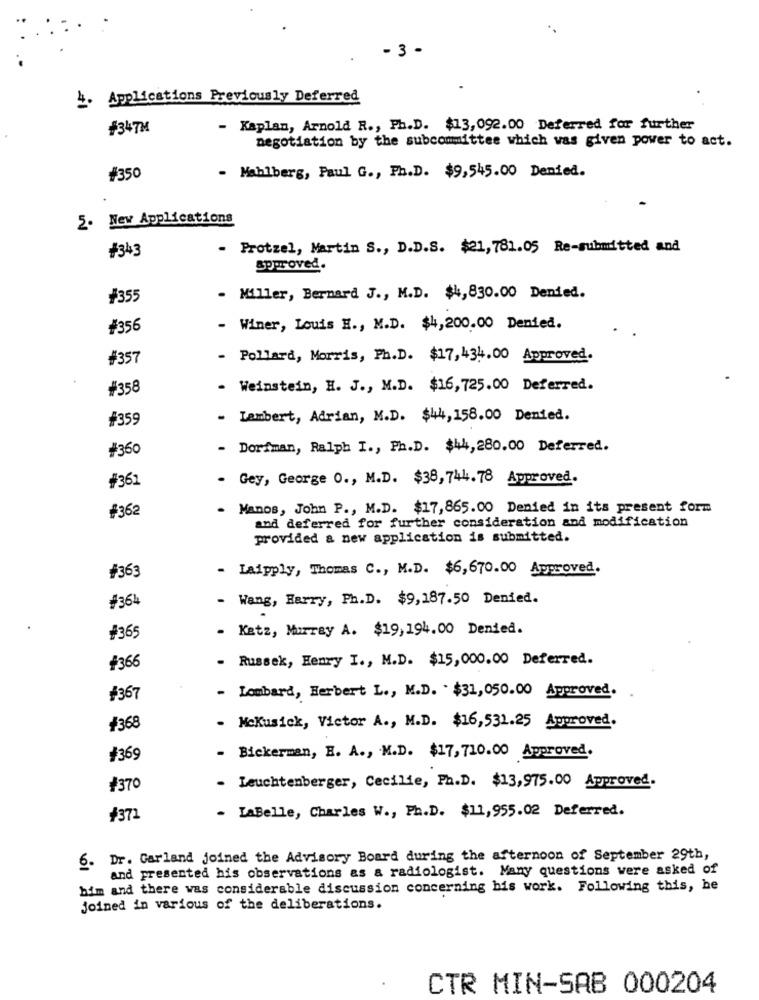
-3 -
4. Applications Previously Deferred
+34 TM
Kaplan, Arnold R ., Ph.D. $13,092.00 Deferred for further
negotiation by the subcommittee which was given power to act.
$350
- Mahlberg, Paul G ., Ph.D. $9,545.00 Denied.
5. New Applications
+343
- Protzel, Martin S ., D.D.S. $21,781.05 Re-submitted and
approved.
$355
- Miller, Bernard J ., M.D. $4,830.00 Denied.
+356
Winer, Louis E ., M.D. $4,200.00 Denied.
#357
- Pollard, Morris, Ph.D. $17,434.00 Approved.
+358
- Weinstein, H. J ., M.D. $16,725.00 Deferred.
#359
- Lambert, Adrian, M.D. $44, 158.00 Denied.
¥360
- Dorfman, Ralph I ., Ph.D. $44,280.00 Deferred.
- Gey, George 0 ., M.D. $38, 744.78 Approved.
#361
- Manos, John P ., M.D. $17,865.00 Denied in its present form
+362
and deferred for further consideration and modification
provided a new application is submitted.
- Laipply, Thomas C ., M.D. $6,670.00 Approved.
¥363
- Wang, Harry, Ph.D. $9,187.50 Denied.
+364
- Katz, Murray A. $19,194.00 Denied.
+365
Russek, Henry I ., M.D. $15,000.00 Deferred.
+366
Lombard, Herbert L ., M.D. . $31,050.00 Approved.
¥367
- McKusick, Victor A ., M.D. $16,531.25 Approved.
¥368
¥369
-
Bickerman, E. A ., M.D. $17, 710.00 Approved.
¥370
- Leuchtenberger, Cecilie, Ph.D. $13,975.00 Approved.
- LaBelle, Charles W ., Ph.D. $11,955.02 Deferred.
¥371
6. Dr. Garland joined the Advisory Board during the afternoon of September 29th,
and presented his observations as a radiologist. Many questions were asked of
him and there was considerable discussion concerning his work. Following this, he
joined in various of the deliberations.
CTR MIN-SAB 000204